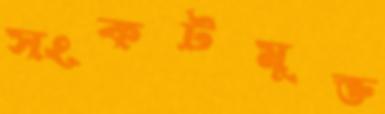
সংকটমুক্ত